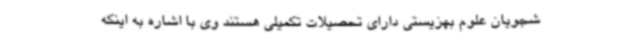
شجویان علوم بهزیستی دارای تحصیلات تکمیلی هستند وی با اشاره به اینکه